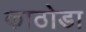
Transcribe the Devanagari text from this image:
काठोडा